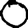
Digit: 0